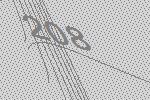
208